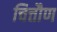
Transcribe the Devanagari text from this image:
चित्तौण